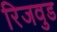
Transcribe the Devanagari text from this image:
रिजवुड